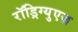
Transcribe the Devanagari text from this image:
रॉड्रिग्युएज़